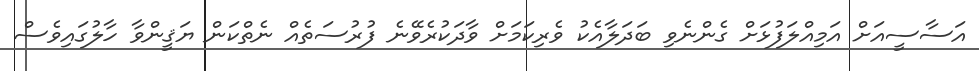
އަސާސީއަށް އަމިއްލަފުޅަށް ގެންނެވި ބަދަލާއެކު ވެރިކަމަށް ވާދަކުރެވޭނެ ފުރުސަތެއް ނެތްކަން ޔަޤީންވާ ހާލުގައިވެސް